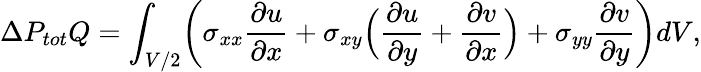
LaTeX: \Delta P_{tot}Q=\int_{V/2}\biggl(\sigma_{xx}\frac{\partial u}{\partial x}+\sigma_{xy}\Bigl(\frac{\partial u}{\partial y}+\frac{\partial v}{\partial x}\Bigr)+\sigma_{yy}\frac{\partial v}{\partial y}\biggr)dV,